Vital statistics of India. Vol. IV, Annual returns from 1871 to 1876. British Army of India, Native Army and jails of Bengal
Year: 1871
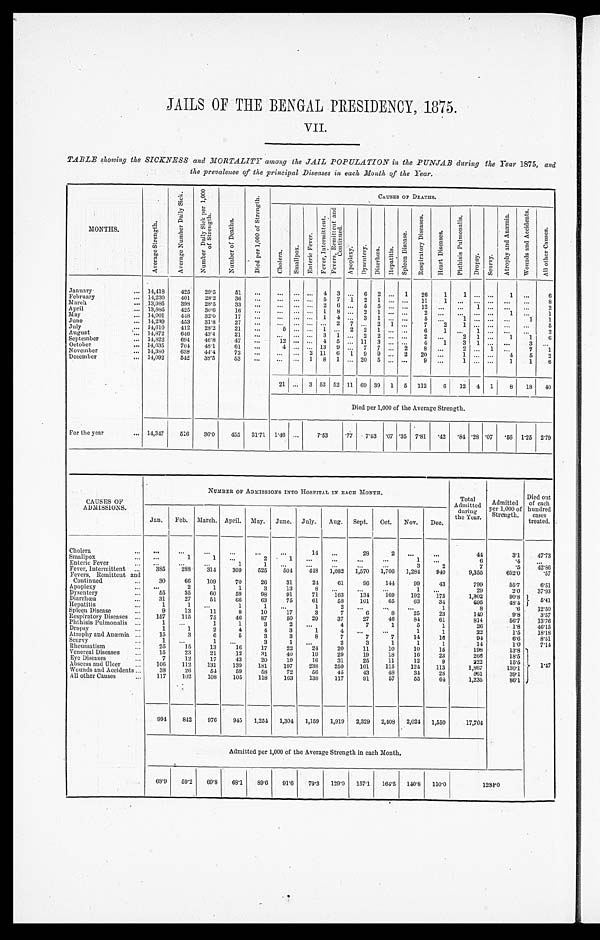
JAILS OF THE BENGAL PRESIDENCY, 1875.
VII.
TABLE showing the SICKNESS and MORTALITY among the JAIL POPULATION in the PUNJAB during the Year 1875, and
the prevalence of the principal Diseases in each Month of the Year.
MONTHS.
A v e r a g e S t r e n g t h .
A v e r a g e N u m b e r D a i l y S i c k .
N u m b e r D a i l y S i c k p e r 1 , 0 0 0 o f S t r e n g t h .
N u m b e r o f D e a t h s .
D i e d p e r 1 , 0 0 0 o f S t e r n g t h .
CAUSES OF DEATHS.
C h o l e r a .
S m a l l p o x .
E n t e r i c F e v e r .
F e v e r , I n t e r m i t t e n t .
F e v e r , R e m i t t e n t a n d C o n t i n u e d .
A p o p l e x y .
D y s e n t e r y . D i a r r h œ a .
H e p a t i t i s .
S p l e e n D i s e a s e s .
R e s p i r a t o r y D i s e a s e s .
H e a r t D i s e a s e s .
P h t h i s i s p u l m o n a l i s .
D r o p s y .
S c u r v y .
A t r o p h y a n d A n æ m i a .
W o u n d s a n d A c c i d e n t s .
A l l o t h e r c a u s e s .
January
... 14,418
425
29.5
51
...
... ... ... 4 3 ... 6 2 ... 1
26
1
1 ... ...
1 ...
6
February
... 14,230
401
28.2
36 ...
...
. . . . . . 5 7 1 2 1 ... ...
11
1
. . . . . . . . .
. . . ...
8
March
... 13,985
398
28.5
33
...
...
. . . . . . 2 6
. . . 5 5
. . . . . . 12
. . .
. . . 1
. . .
. . . ...
2
April
... 13,885
425
30.6
16
...
...
. . . ... 1 8 ... 2 1 ... ...
2
. . .
. . . . . . . . .
1 ...
1
May
... 14,001
448
32.0
17
...
...
. . . . . . 1 4
. . . 3 1
. . . . . . 5 ...
1
. . . . . .
. . . 1
1
June
... 14,239
453
31.8
27
...
... ... ... ... 2 7 ... 2 1 ...
7
2
1
. . . . . .
. . .
. . . 5
July
... 14,610
412
28.2
21
. . .
5
. . . . . . 1
. . . 2
2 1
. . . . . .
6
1
. . . 1
. . .
. . .
. . . 2
August
... 14,872
646 43.4
21
...
. . . . . . . . . 3 1
. . . 2 2
. . . . . . 2
. . . 2 1 ...
1
1
6
September
... 14,822
694
46.8
47
...
12 ... ... 4 5 ... 11 3 ... ...
4
1
3 1 ... ...
3
. . .
October
... 14,635
704
48.1
61
...
4 ... ... 13 9 ... 7 7 ... 2
8 ...
2
. . . 1 ...
7
1
November
... 14,380
638
44.4
72
...
... ... 2 11 6 1 9 9 ... 2
20 ...
1 ... ...
4
5
2
December
... 14,092
542
38.5
53
...
...
. . .
1 8 1 ... 20 5 ... ...
9 ...
1
. . . . . .
1
1
6
21 ... 3 53 52 11 69 39 1 5 112
6
12 4 1
8
18 40
Died per 1,000 of the Average Strength.
For the year
... 14,347
516
36.0
455 31.71 1.46 ...
7.53
.77
7.53 .07 .35 7.81
. 4 2 .84 .28 .07
. 56 1.25 2.79
CAUSES OF
ADMISSIONS.
NUMBER OF ADMISSIONS INTO HOSPITAL IN EACH MONTH.
Total
Admitted
during
the Year
Admitted
per 1,000 of
Strength.
Died out
of each hundred
cases
treated.
Jan. Feb. March. April. May. June. July.
Aug. Sept. Oct. Nov. Dec.
Cholera
. . . ...
...
...
...
...
...
14
. . .
28
2
...
...
44
3.1
47.73
Smallpox
...
...
1
1
. . .
2
1
. . .
. . .
...
...
1
...
6
.4
. . .
Enteric Fever
...
. . .
...
...
1
1
...
...
. . .
...
. . .
3
2
7
.5
42.86
Fever, Intermittent ...
385
288
314
309
525
504
448 1,082 1,570 1,706 1,284
940
9,355
652.0
.57
Fevers, Remittent and
Continued
...
30
66
109
70
26
31
24
61
96
144
99
43
799
55.7
6. 51
Apoplexy
. . . ...
2
1
1
3
13
8
. . .
...
...
1
...
29
2.0
37.93
Dysentery
. . .
55
35
60
59
98
91
71
163
134
169
192
175
1,302
90.8
5. 41
Diarrhœa
...
31
27
51
66
63
75
61
58
101
65
63
34
695
48.4
Hepatitis
. . .
1
1
...
1
1
. . .
1
2
. . .
. . .
...
1
8
.6
12.50
Spleen Disease
. . .
9
13
11
8
10
17
3
7
6
8
25
23
140
9.8
3. 57
Respiratory Diseases ...
157
115
75
46
87
50
29
37
27
46
84
61
814
56.7
13.76
Phthisis Pulmonalis ...
1
. . .
1
1
3
2
. . .
4
7
1
5
1
26
1.8
46.15
Dropsy
. . .
1
1
2
4
4
3
1
4
...
. . .
1
1
22
1.5
18.18
Atrophy and Anæmia ...
15
3
6
5
3
3
8
7
7
7
14
10
94
6.6
8. 51
Scurvy
...
1
. . .
1
. . .
3
1
. . .
2
3
1
1
1
14
1.0
7.14
Rheumatism
...
25
15
13
16
17
22
24
20
11
10
10
15
198
13.8
1. 47
Venereal Diseases
. . .
15
23
21
12
31
40
19
29
19
18
16
23
266
18.5
Eye Diseases
...
7
12
17
43
20
19
16
31
25
11
12
9
222
15.5
Abscess and Ulcer
...
106
112
131
139
181
197
238
250
161
115
124
113
1,867
130.1
Wounds and Accidents ...
38
26
54
59
58
72
56
45
43
48
34
28
561
39.1
All other Causes
...
117
102
108
105
118
163
138
117
91
57
55
64
1,235
86.1
994
842
976
945 1,254 1,304 1,159 1,919 2,329 2,408 2,024 1,550
17,704
Admitted per 1,000 of the Average Strength in each Month.
68.9
59.2
69.8
68.1
89.6
91.6
79.3 129.0 157.1 164.5 140.8 110.0
1234.0